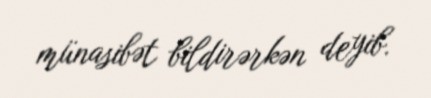
münasibət bildirərkən deyib.